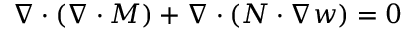
\nabla \cdot ( \nabla \cdot \boldsymbol { { M } } ) + \nabla \cdot \left( \boldsymbol { { N } } \cdot \nabla w \right) = 0